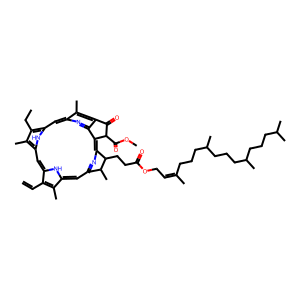
SMILES: C=Cc1c(C)c2cc3nc(c4c5nc(cc6[nH]c(cc1[nH]2)c(C)c6CC)c(C)c5C(=O)C4C(=O)OC)C(CCC(=O)OCC=C(C)CCCC(C)CCCC(C)CCCC(C)C)C3C
Inhibits HIV replication: No